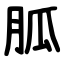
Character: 胍